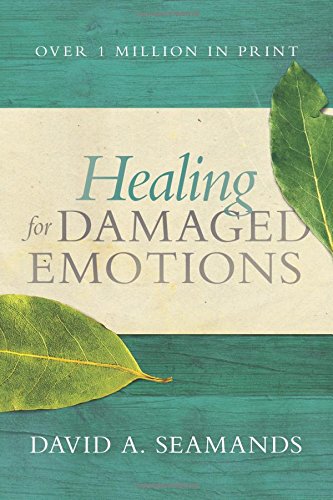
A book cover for Healing for Damaged Emotions; David A. Seamands; Self-Help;